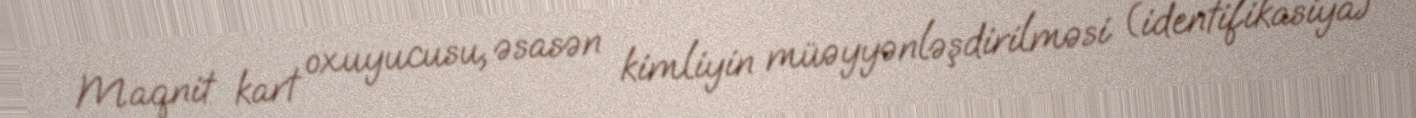
Maqnit kart oxuyucusu, əsasən kimliyin müəyyənləşdirilməsi (identifikasiya)